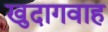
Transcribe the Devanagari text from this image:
खुदागवाह